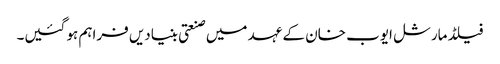
فیلڈ مارشل ایوب خان کے عہد میں صنعتی بنیادیں فراہم ہو گئیں۔